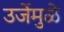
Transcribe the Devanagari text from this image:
उर्जेमुळे